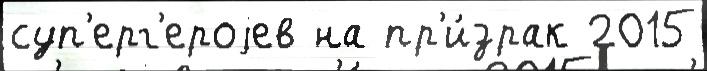
суп'ерг'ероjев на пр'и́зрак 2015